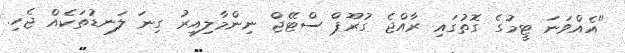
"އެއްވަނަ ޓީމުގެ ގޮތުގައި ރާއްޖެ ގުރޫޕް ސްޓޭޖް ނިންމާލިއިރު ގިނަ ލަނޑުތަކެއް ޖެހި.